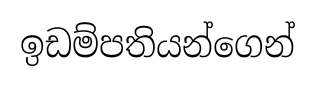
ඉඩම්පතියන්ගෙන්